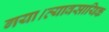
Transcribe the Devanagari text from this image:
गया।व्यावसायिक